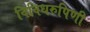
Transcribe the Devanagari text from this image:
विविधरुपिणी